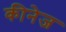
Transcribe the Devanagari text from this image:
कीनेज